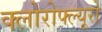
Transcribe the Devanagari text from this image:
क्लोरोफ्ल्यूरो